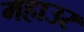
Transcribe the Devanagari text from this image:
महाउर